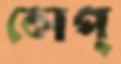
লেপ্‌